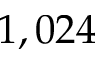
1 , 0 2 4